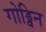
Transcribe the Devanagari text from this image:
गोड्विन